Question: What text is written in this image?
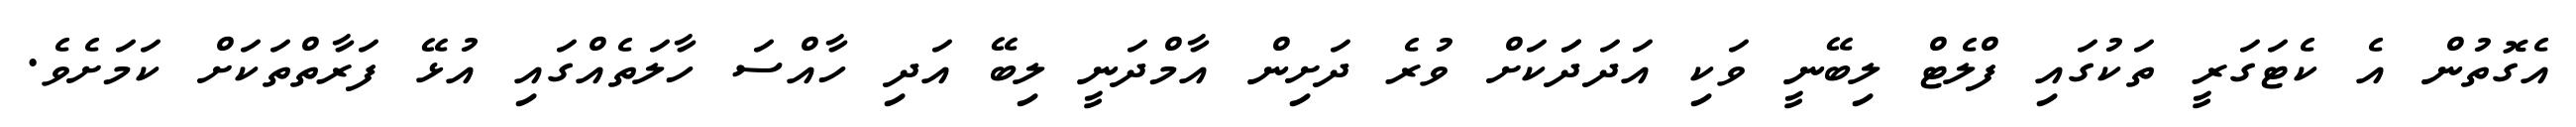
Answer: އެގޮތުން އެ ކެޓަގަރީ ތަކުގައި ފްލެޓް ލިބޭނީ ވަކި އަދަދަަކަށް ވުރެ ދަށިން އާމްދަނީ ލިބޭ އަދި ހާއްސަ ހާލަތެއްގައި އުޅޭ ފަރާތްތަކަށް ކަމަށެވެ.